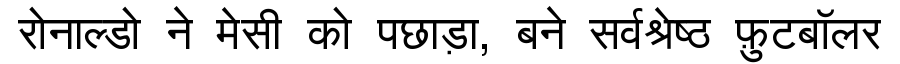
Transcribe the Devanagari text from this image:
रोनाल्डो ने मेसी को पछाड़ा, बने सर्वश्रेष्ठ फ़ुटबॉलर